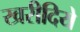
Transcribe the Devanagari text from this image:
खरीदिये